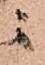
ニ